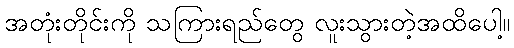
အတုံးတိုင်းကို သကြားရည်တွေ လူးသွားတဲ့အထိပေါ့။